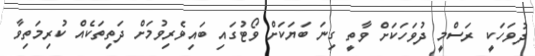
ދުވަހަކީ ރަސްމީ ދުވަހަކަށް ވާތީ ގިނަ ބަޔަކަށް ވޯޓުގައި ބައިވެރިވުމަށް ދަތިތަކެއް ކުރިމަތިވާ